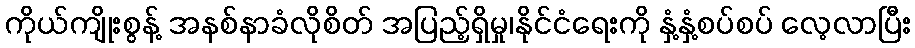
ကိုယ်ကျိုးစွန့် အနစ်နာခံလိုစိတ် အပြည့်ရှိမှု၊နိုင်ငံရေးကို နှံ့နှံ့စပ်စပ် လေ့လာပြီး